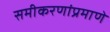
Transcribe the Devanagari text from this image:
समीकरणांप्रमाणे